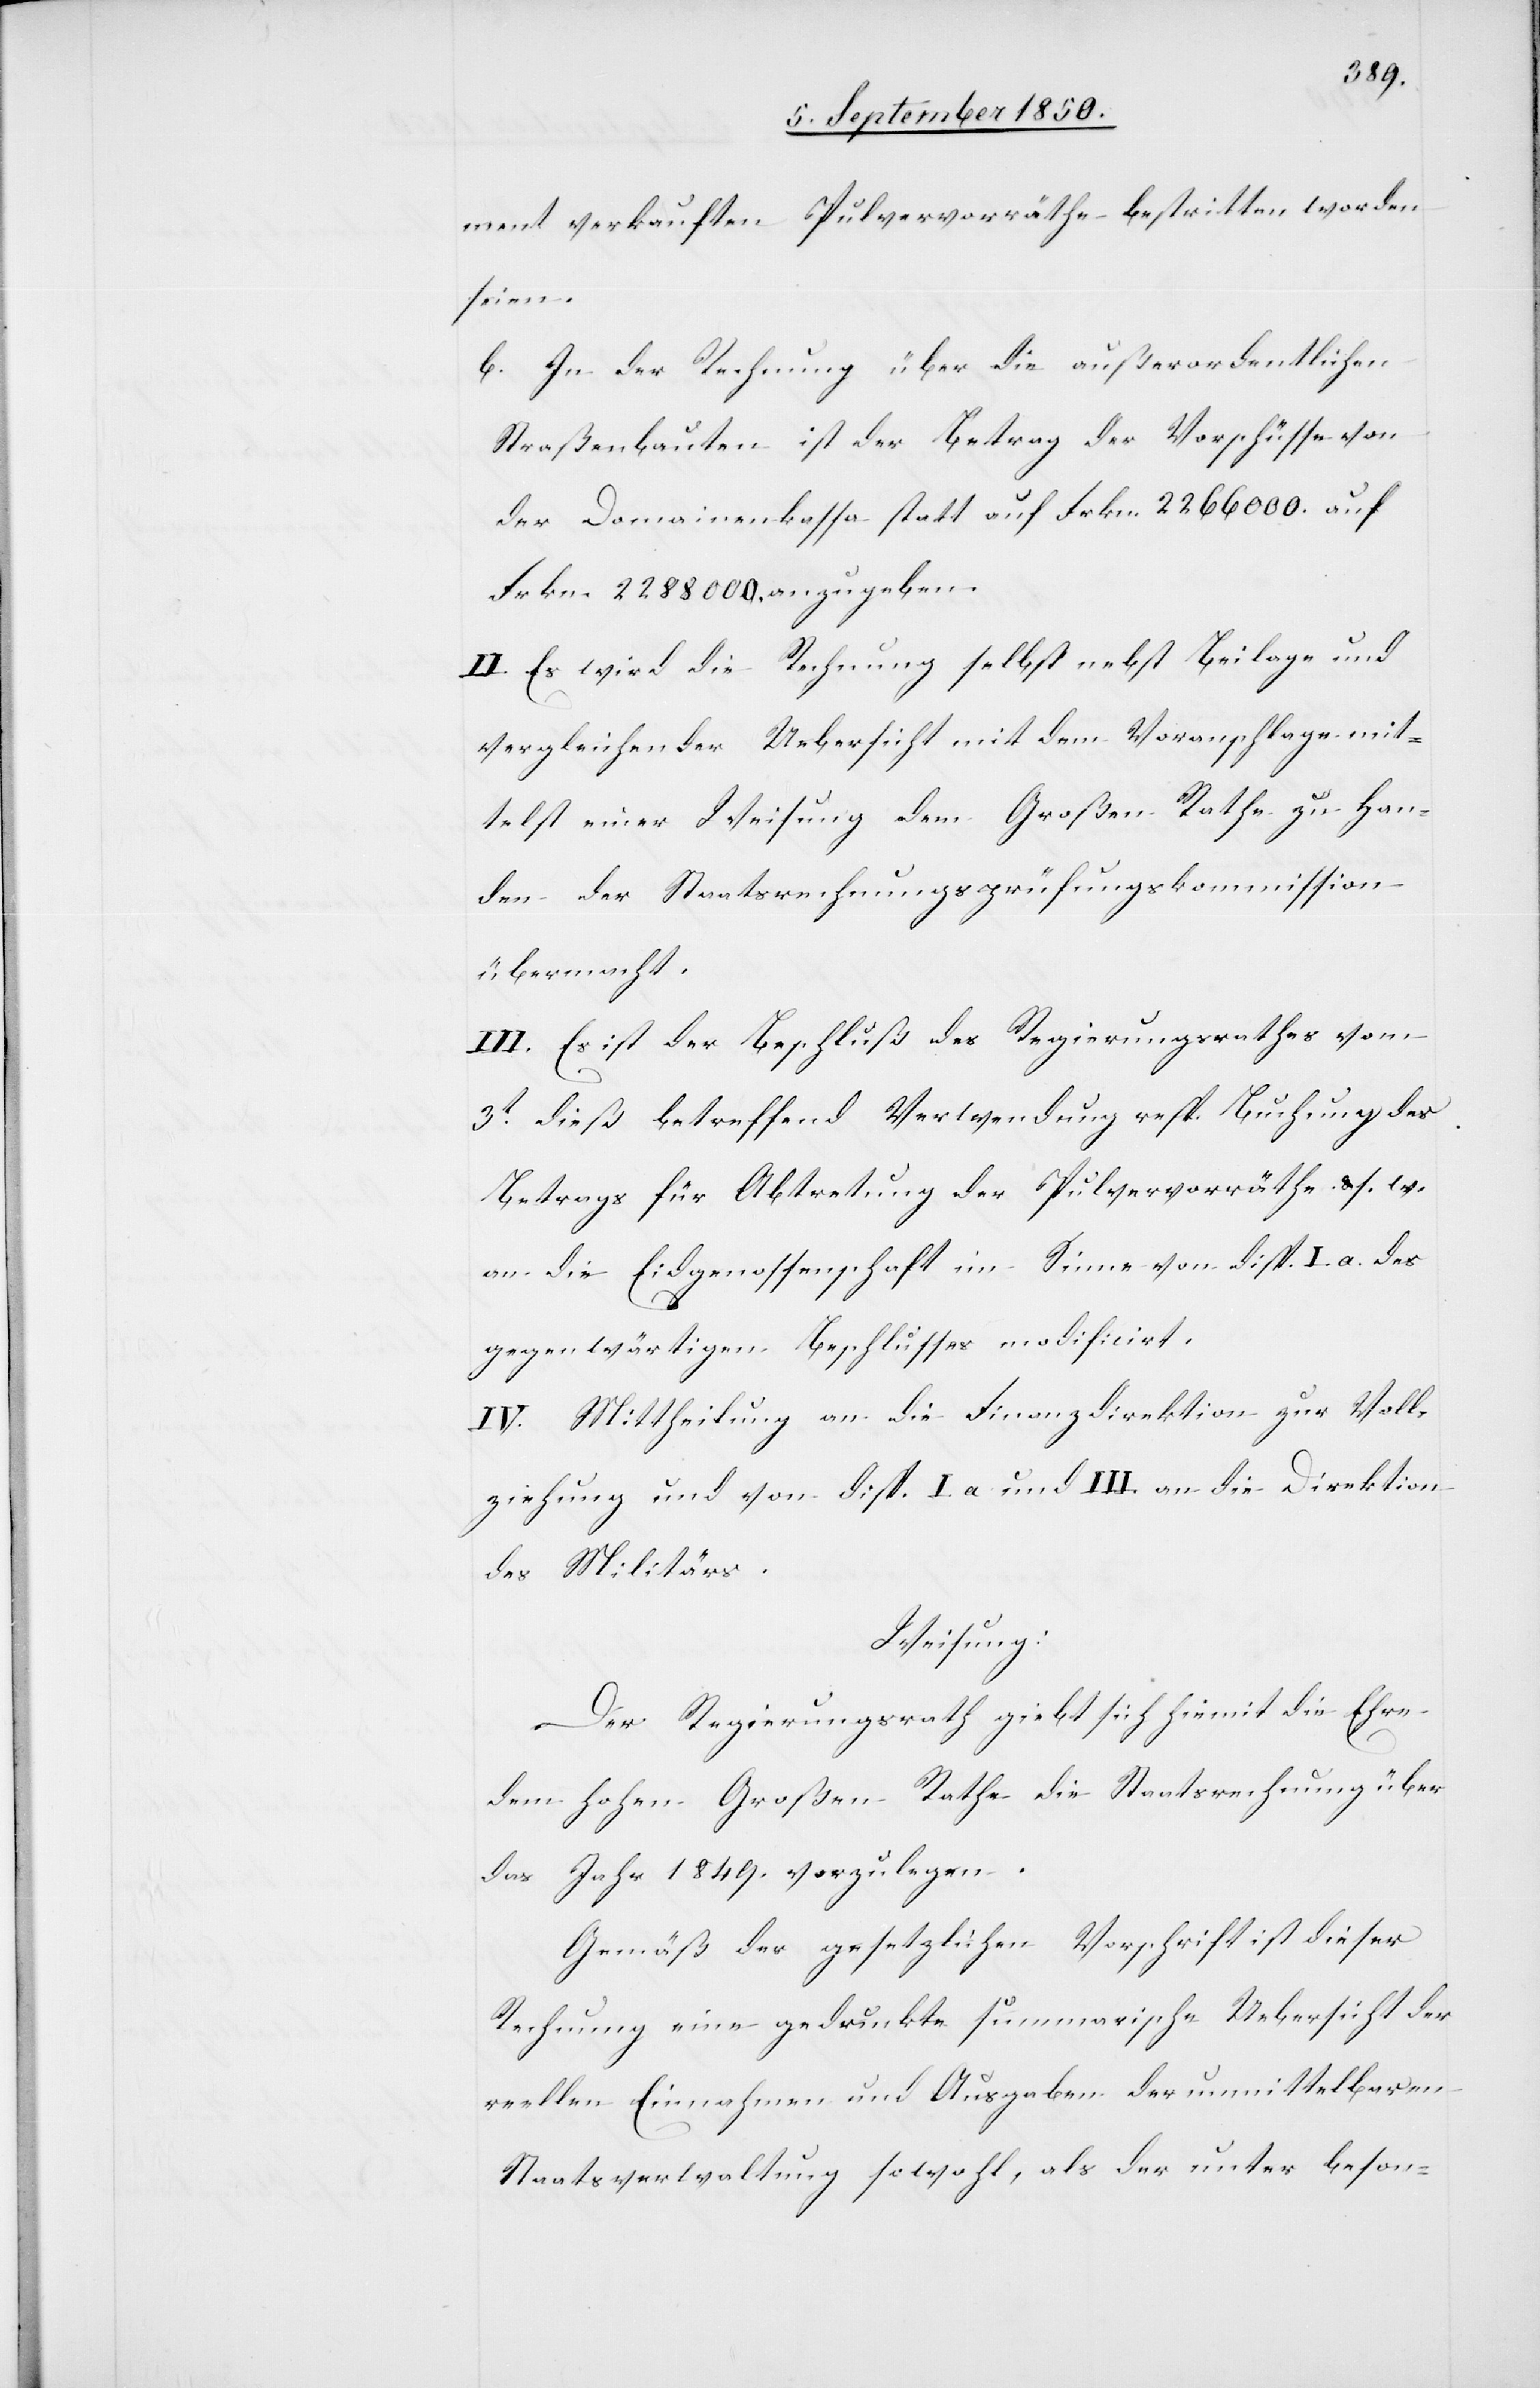
ment verkauften Pulvervorräthe bestritten worden
seien.
b. In der Rechnung über die außerordentlichen
Straßenbauten ist der Betrag der Vorschüsse von
der Domainenkassa statt auf Frkn. 2 266 000. auf
Frkn. 2 288 000. anzugeben.
II. Es wird die Rechnung selbst nebst Beilage und
vergleichender Uebersicht mit dem Voranschlage mit¬
telst einer Weisung dem Großen Rathe zu Han¬
den der Staatsrechnungsprüfungskommission
übermacht.
III. Es ist der Beschluß des Regierungsrathes vom
3t dieß betreffend Verwendung resp. Buchung des
Betrags für Abtretung der Pulvervorräthe & s. w.
an die Eidgenossenschaft im Sinne von disp. I. a. des
gegenwärtigen Beschlusses modificirt.
IV. Mittheilung an die Finanzdirektion zur Voll¬
ziehung und von disp. I a und III. an die Direktion
des Militärs.
Weisung:
Der Regierungsrath giebt sich hiemit die Ehre
dem hohen Großen Rathe die Staatsrechnung über
das Jahr 1849. vorzulegen.
Gemäß der gesetzlichen Vorschrift ist dieser
Rechnung eine gedruckte summarische Uebersicht der
reellen Einnahmen und Ausgaben der unmittelbaren
Staatsverwaltung sowohl, als der unter beson-